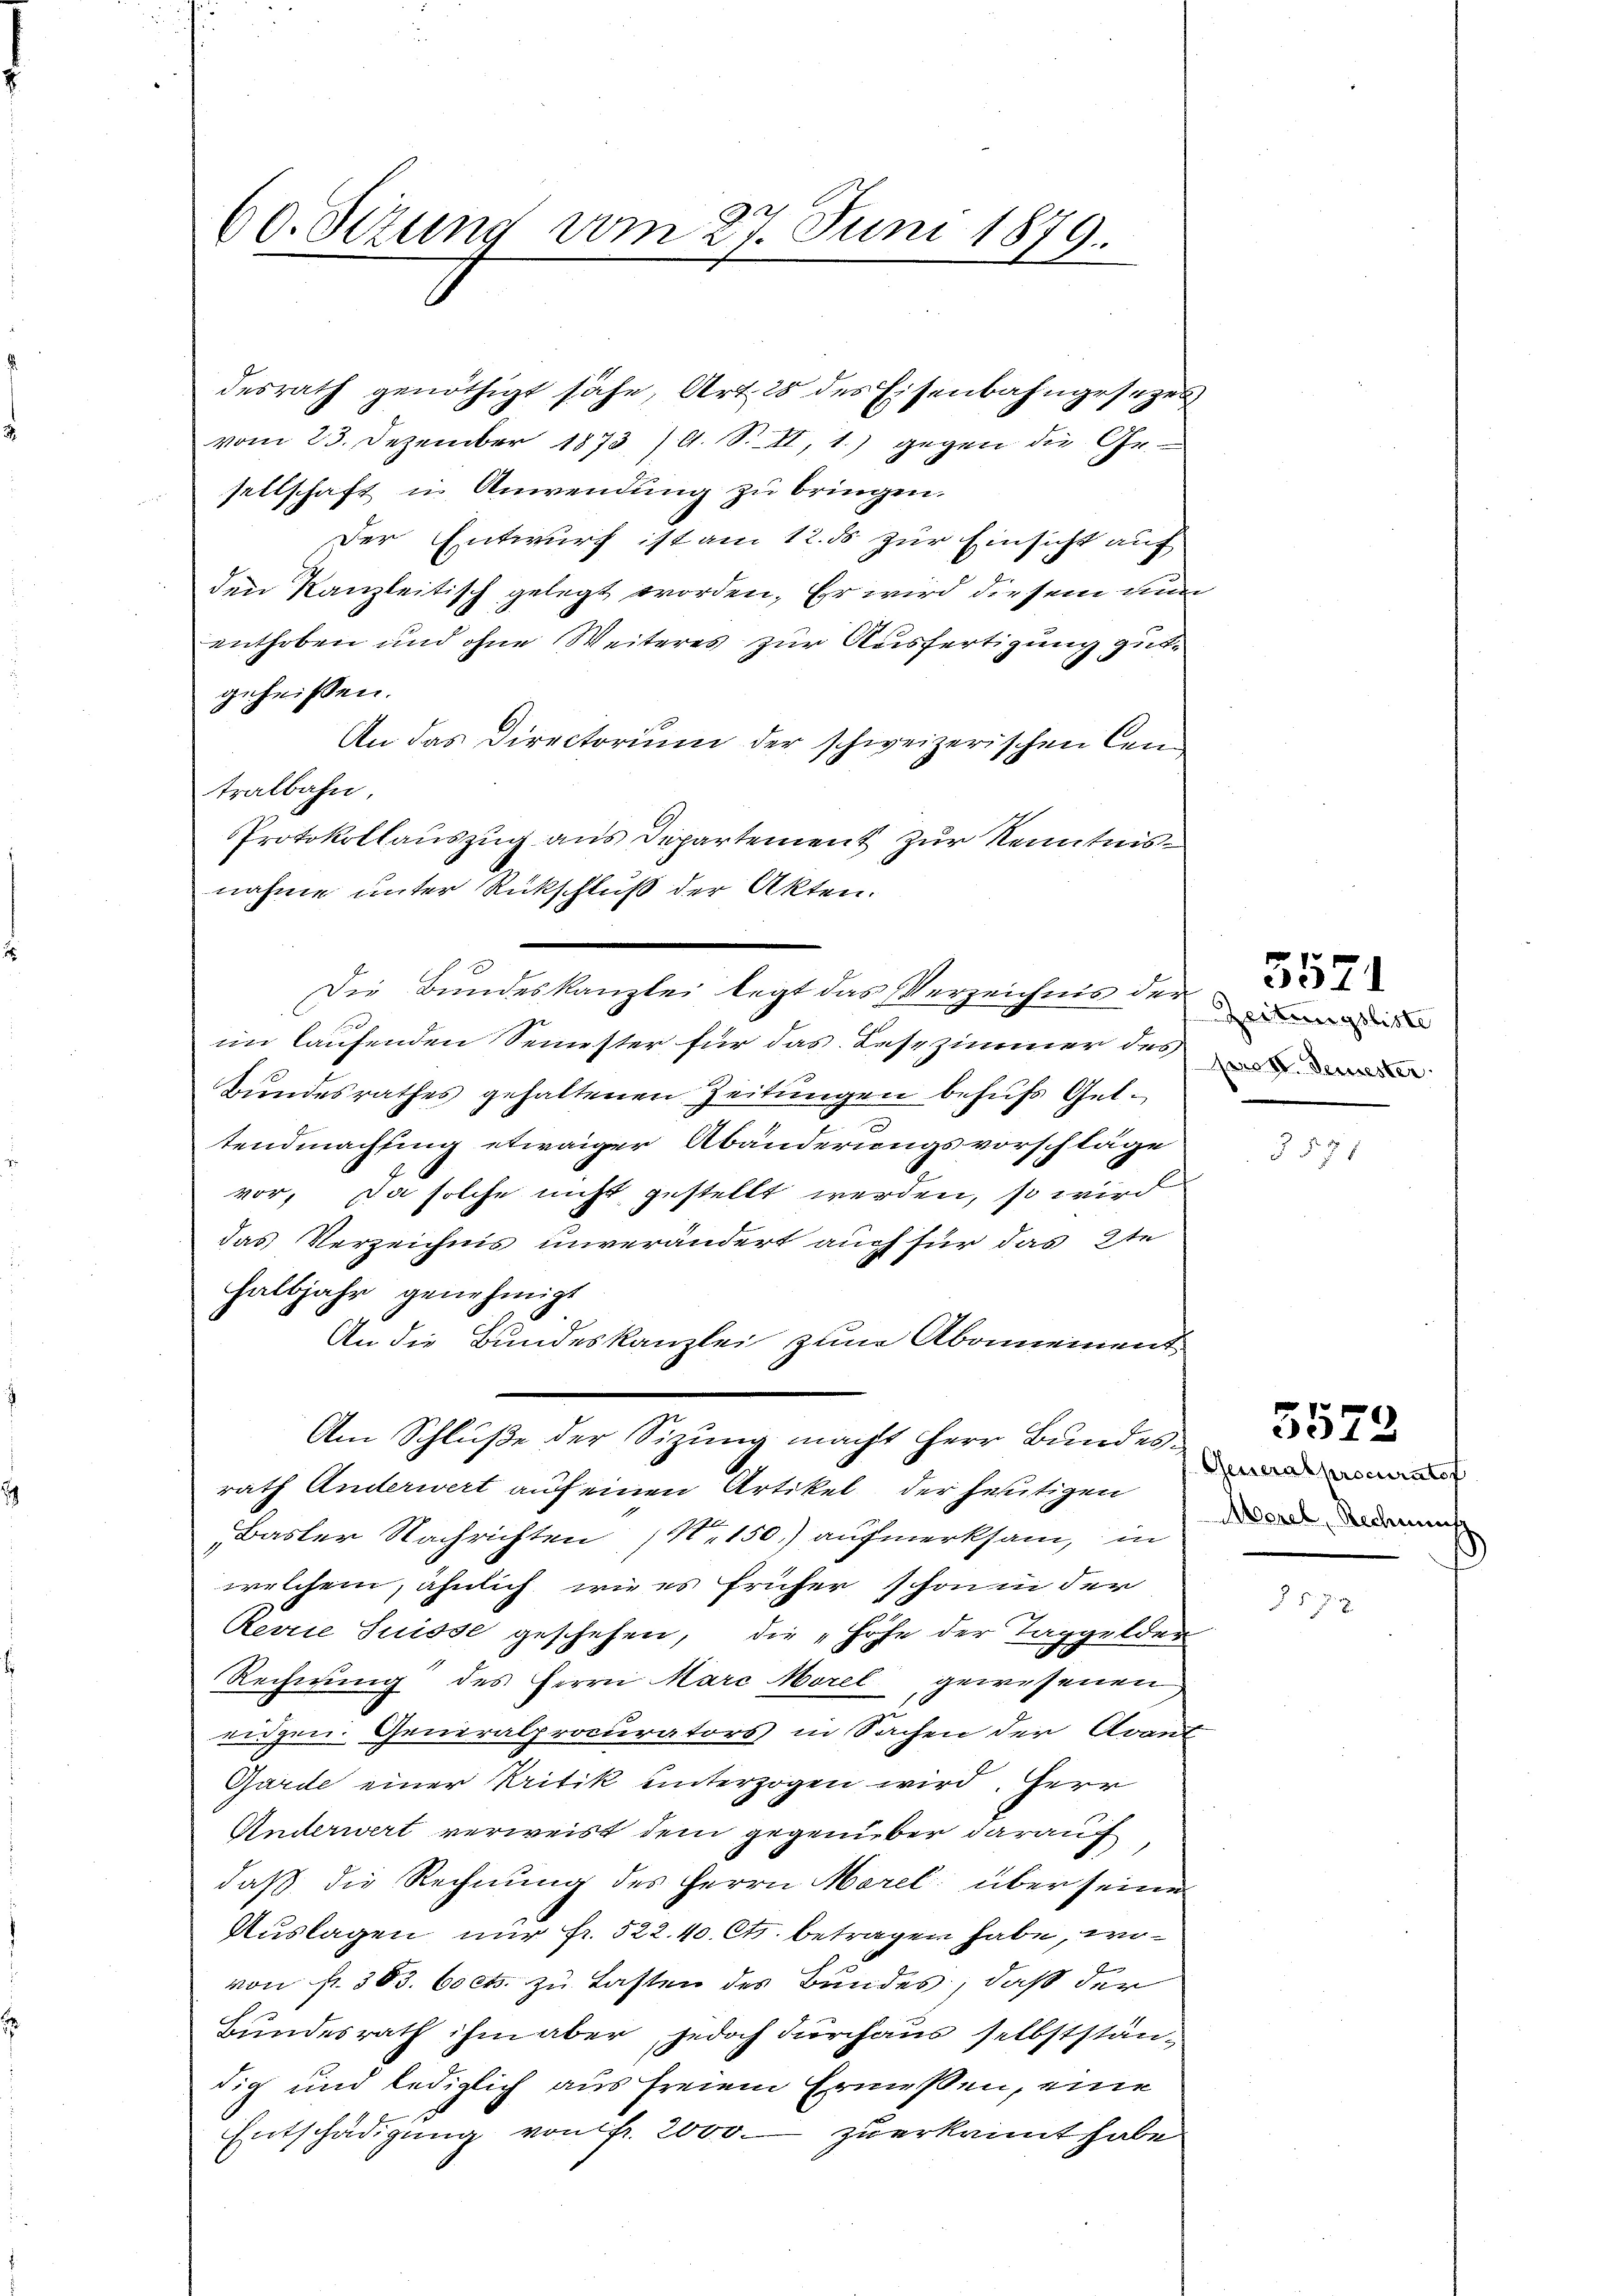
60. Sezung vom 27. Juni 1879.

im laufenden Semester für das Lesezimmer des
Bundesrathes gehaltenen Zeitungen behufs Geltendmachsing etwaiger Abänderungsvorschläge
vor, da solche nicht gestellt werden, so wird
das Verzeichnis unverändert auch für das 2te
halbjahr genehmigt
An die Bundeskanzlei zum Abonnement
Am Schluße der Sizung macht herr Bunden
rath Anderwert auf einen Artikel der heutigen
Basler Nachrichten (N. 150) aufmerksam, in
welchem, ähnlich wie es früher schoni der
Reirie Suisse geschehen, die Höhe der Taggelder
Rechnung des Herrn Marc Morel gewesenen
eidgen. Generalprocurators in Sachen der Avant
Garde einer Kritik unterzogen wird. Herr
Anderwert verweist dem gegenüber darauf
daß die Rechnung des Herrn Morel über seine
Auslagen nur fr. 522.40. Cts. betragen habe, einvon fr. 383. 60 cts. zu Lasten des Bundes, daß der
Bundesrath ihm aber, jedoch durchaus selbstständig und lediglich aus freiem Ermessen, eine
Entschädigung von fr. 2000. zu erkannt habe

desrath genöthigt sähe, Art. 28 des Eisenbahngesezes
vom 23. Dezember 1873/A. S. II, 1.) gegen die Ge
sellschaft in Anwendung zu bringen.
Der Entwurf ist am 12. ds zur Einsicht auf
den Kanzleitisch gelegt worden. Er wird diesem eine
enthoben und ohne Weiteres zur Ausfertigung gutgeheißen.
An das Directorium der schweizerischen Centralbahn.
Protokollauszug aus Departement zur Kenntnis¬

nahme unter Rückschluß der Akten.

Die Bundeskanzlei legt das Verzeichnis der

Zeitungsliste
pros. Semester

5524

3571

Morel, Rechnung

5572

t